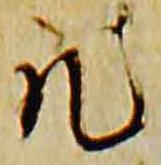
然